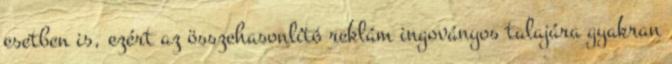
esetben is, ezért az összehasonlító reklám ingoványos talajára gyakran